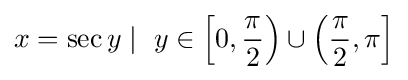
x=\sec y\mid \ y\in \left[0,{\frac {\pi }{2}}\right)\cup \left({\frac {\pi }{2}},\pi \right]